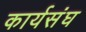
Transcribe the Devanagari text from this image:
कार्यसंघ